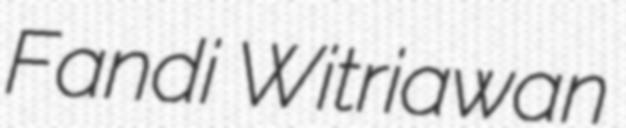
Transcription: Fandi Witriawan